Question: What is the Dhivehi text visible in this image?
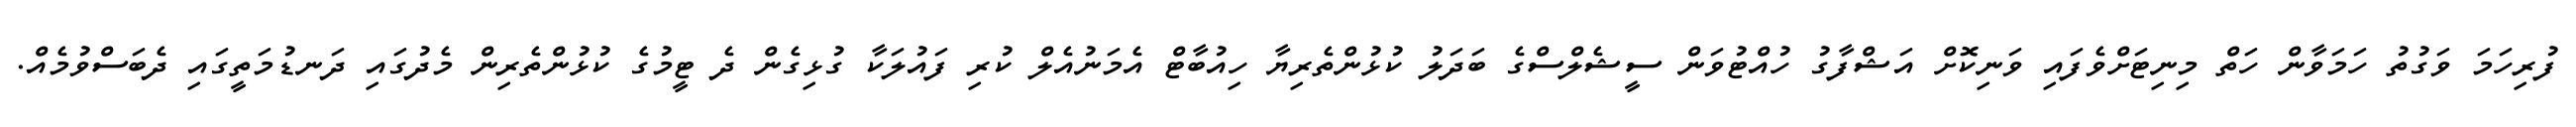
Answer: ފުރިހަމަ ވަގުތު ހަމަވާން ހަތް މިނިޓަށްވެފައި ވަނިކޮށް އަޝްފާގު ހުއްޓުވަން ސީޝެލްސްގެ ބަދަލު ކުޅުންތެރިޔާ ހިއުބާޓް އެމަނުއެލް ކުރި ފައުލަކާ ގުޅިގެން ދެ ޓީމުގެ ކުޅުންތެރިން މެދުގައި ދަނޑުމަތީގައި ދެބަސްވުމެއް.